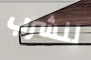
لنشرب